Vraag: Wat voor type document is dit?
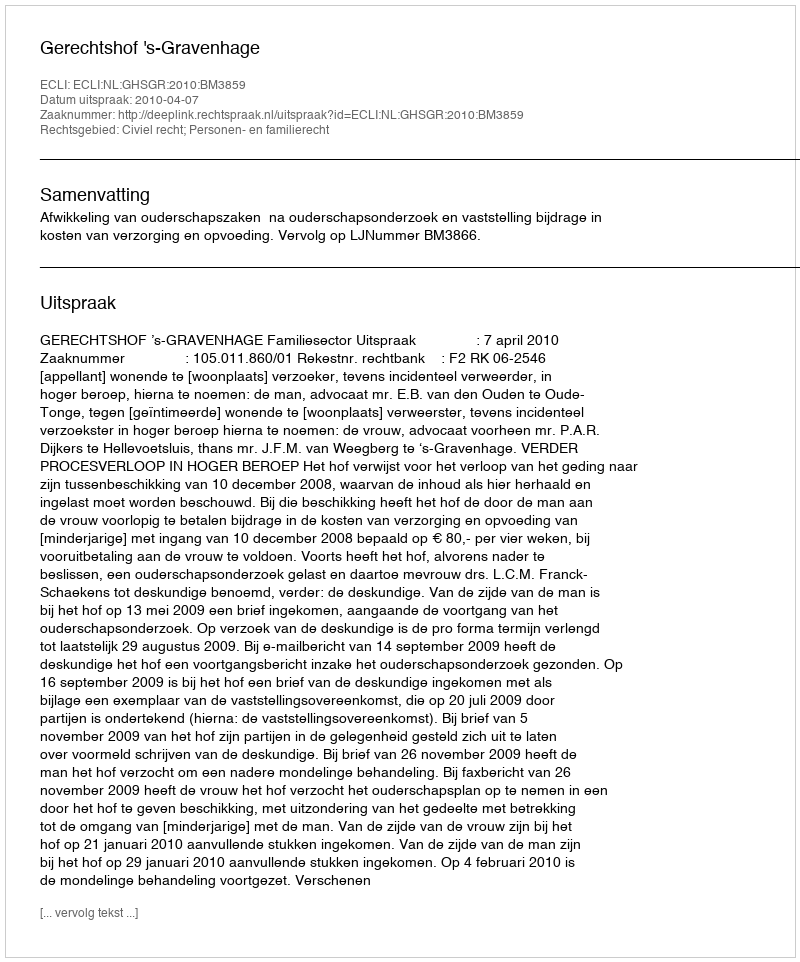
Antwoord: Uitspraak